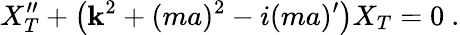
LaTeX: X_{T}^{\prime\prime}+\left(\mathbf{k}^{2}+(ma)^{2}-i(ma)^{\prime}\right)X_{T}=0\ .